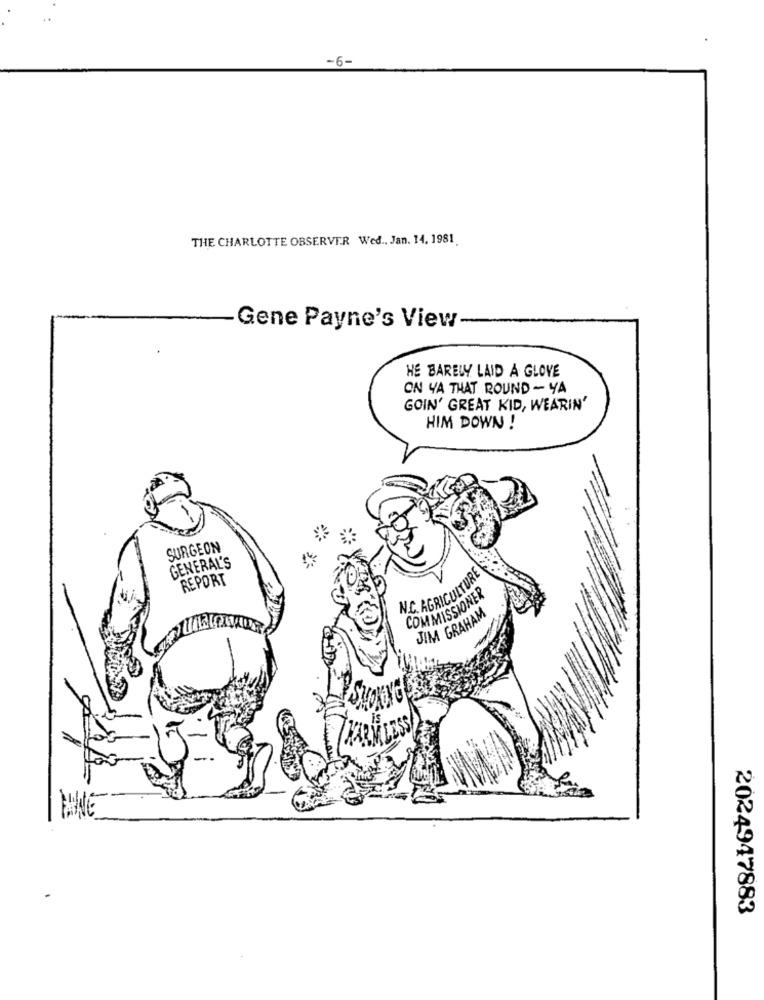
-6-
THE CHARLOTTE OBSERVER Wed .. Jan. 14, 1981.
Gene Payne's View
HE BARELY LAID A GLOVE
ON YA THAT ROUND- YA
GOIN' GREAT KID, WEARIN'
HIM DOWN !
SURGEON
GENERAL'S
REPORT
N.C. AGRICULTURE
COMMISSIONER
JIM GRAHAM
2024947883